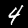
Label: 4